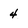
Character: 4